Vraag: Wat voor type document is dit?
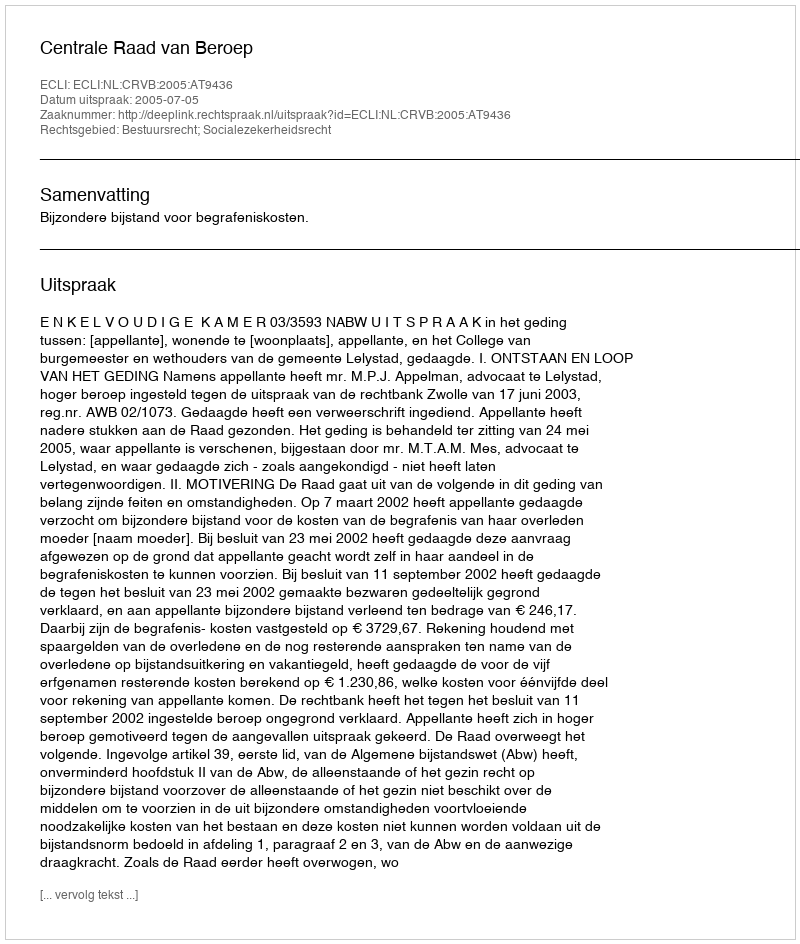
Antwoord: Uitspraak